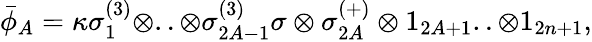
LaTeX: \bar{\phi}_{A}=\kappa\sigma_{1}^{(3)}\otimes..\otimes\sigma_{2A-1}^{(3)}\sigma\otimes\sigma_{2A}^{(+)}\otimes 1_{2A+1}..\otimes 1_{2n+1},